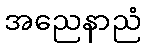
အညေနာညံ